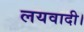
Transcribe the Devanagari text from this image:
लयवादी।